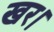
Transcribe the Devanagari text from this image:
खर।